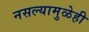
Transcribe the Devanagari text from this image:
नसल्यामुळेही